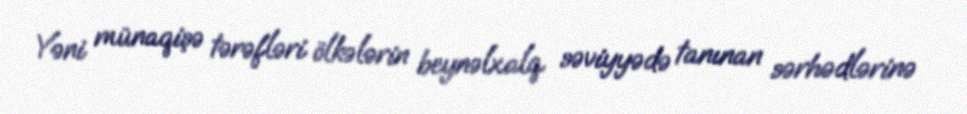
Yəni münaqişə tərəfləri ölkələrin beynəlxalq səviyyədə tanınan sərhədlərinə